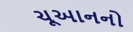
ચૂઆનનો